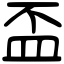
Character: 盃